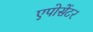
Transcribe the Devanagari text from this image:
एपोसेंटर